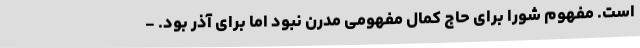
است. مفهوم شورا برای حاج کمال مفهومی مدرن نبود اما برای آذر بود. -